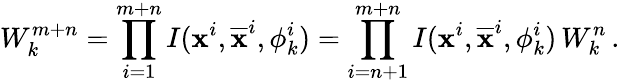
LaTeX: W_{k}^{m+n}=\prod_{i=1}^{m+n}I(\textbf{x}^{i},\overline{{\textbf{x}}}^{i},\phi_{k}^{i})=\prod_{i=n+1}^{m+n}I(\textbf{x}^{i},\overline{{\textbf{x}}}^{i},\phi_{k}^{i})\, W_{k}^{n}\, .